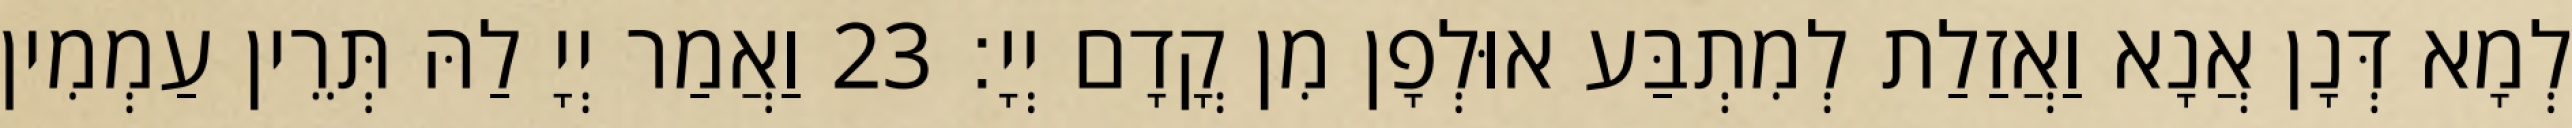
לְמָא דְּנָן אֲנָא וַאֲזַלַת לְמִתְבַּע אוּלְפָן מִן קֳדָם יְיָ׃ 23 וַאֲמַר יְיָ לַהּ תְּרֵין עַמְמִין